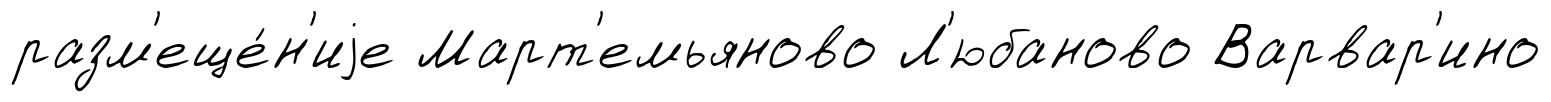
разм'еще́н'иjе Март'емьяново Л'юбаново Варвар'ино